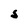
Character: S